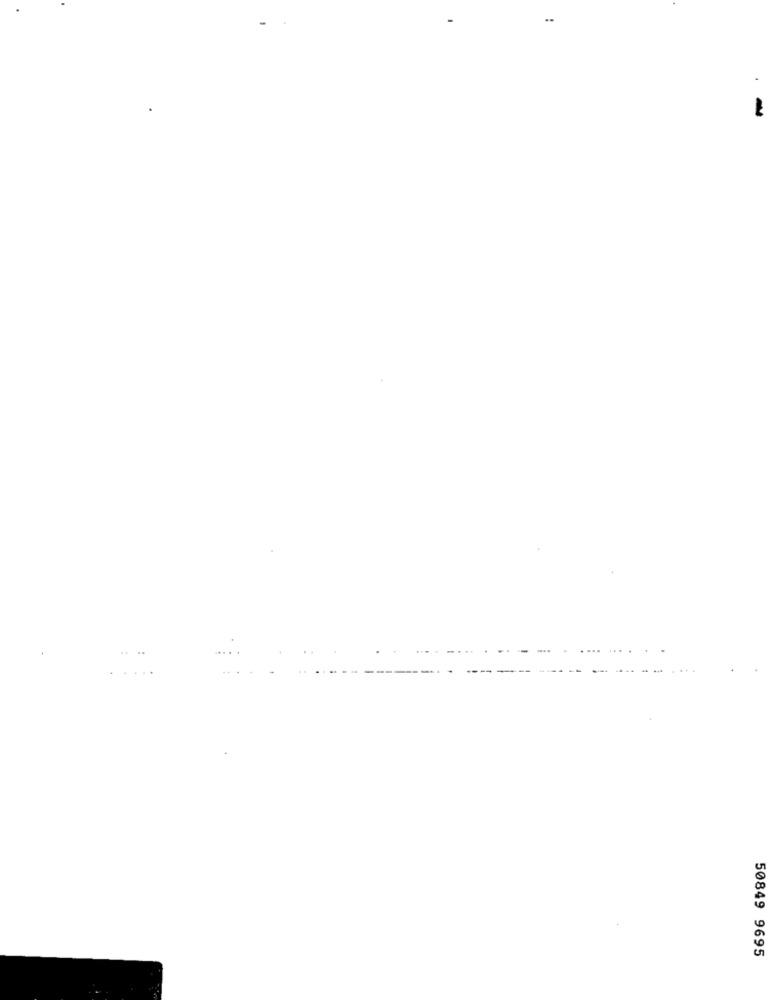
-
50849 9695